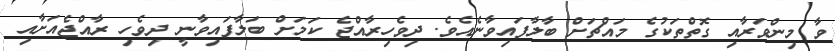
ވާ މިންވަރާއި ގޮތްތަކުގެ މައްޗަށް ބާލާފައިވާނެއެވެ. ދިވެހިރާއްޖެ ކަމަށް ބަލާފައިވާނީ ދިވެހި ރާއްޖެއަށާއި